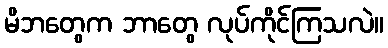
မိဘတွေက ဘာတွေ လုပ်ကိုင်ကြသလဲ။